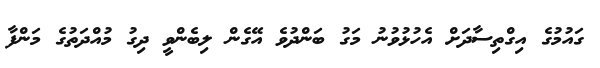
ގައުމުގެ އިގްތިސާދަށް އެހުޅުވުނު މަގު ބަންދުވެ އޭގެން ލިބެންވީ ދިގު މުއްދަތުގެ މަންފާ